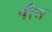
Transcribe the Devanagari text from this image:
पीत्त